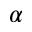
\alpha